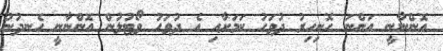
އޮންނާނީ އަންނަ ހޮނިހިރު ދުވަހު ކަމަށާއި އެ ދުވަހު ވޯޓުލުން އޮންނާނީ ހެނދުނު